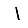
Digit: 1